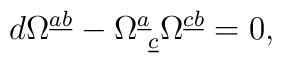
d\Omega ^{\underline a\underline b} -\Omega ^{\underline a}_{~\underline c} \Omega ^{\underline c \underline b}= 0,